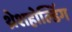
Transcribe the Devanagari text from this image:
थ्रेशहोल्डिंग